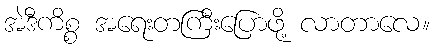
အဲဒီကိစ္စ အရေးတကြီးပြောဖို့ လာတာလေ။